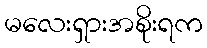
မလေးရှားအစိုးရက